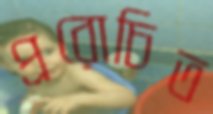
প্ররোচিত